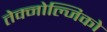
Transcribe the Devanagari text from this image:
तेक्नोल्जिको